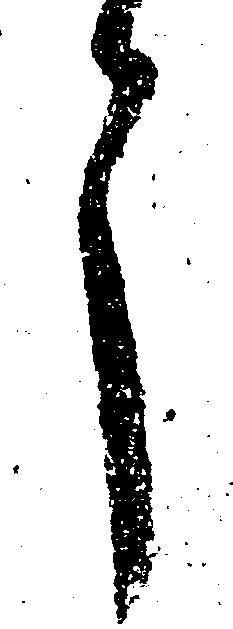
了